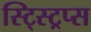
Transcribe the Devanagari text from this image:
स्ट्स्ट्रिप्स